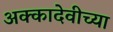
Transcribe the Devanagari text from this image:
अक्कादेवीच्या